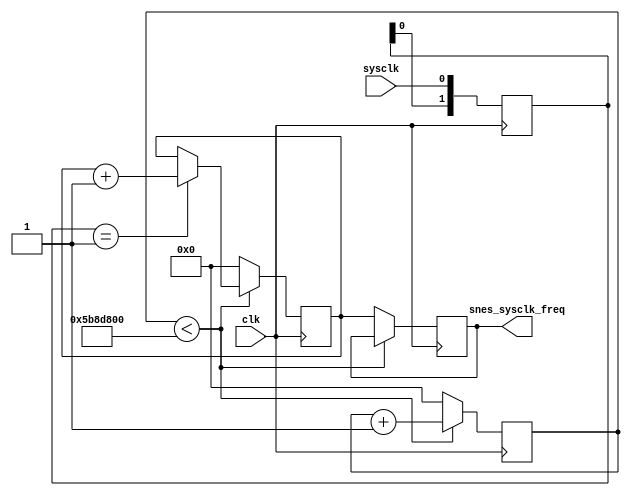
`timescale 1ns / 1ps
//////////////////////////////////////////////////////////////////////////////////
// Company:
// Engineer:
//
// Design Name:
// Module Name:    clk_test
// Project Name:
// Target Devices:
// Tool versions:
// Description:
//
// Dependencies:
//
// Revision:
// Revision 0.01 - File Created
// Additional Comments:
//
//////////////////////////////////////////////////////////////////////////////////
module clk_test(
  input clk,
  input sysclk,
  output [31:0] snes_sysclk_freq
);

reg [31:0] snes_sysclk_freq_r;
assign snes_sysclk_freq = snes_sysclk_freq_r;

reg [31:0] sysclk_counter;
reg [31:0] sysclk_value;

initial snes_sysclk_freq_r = 32'hFFFFFFFF;
initial sysclk_counter = 0;
initial sysclk_value = 0;

reg [1:0] sysclk_sreg;
always @(posedge clk) sysclk_sreg <= {sysclk_sreg[0], sysclk};
wire sysclk_rising = (sysclk_sreg == 2'b01);

always @(posedge clk) begin
  if(sysclk_counter < 96000000) begin
    sysclk_counter <= sysclk_counter + 1;
    if(sysclk_rising) sysclk_value <= sysclk_value + 1;
  end else begin
    snes_sysclk_freq_r <= sysclk_value;
    sysclk_counter <= 0;
    sysclk_value <= 0;
  end
end

endmodule